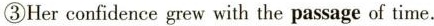
③Her confidence grew with the passage of time.